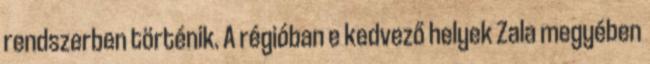
rendszerben történik. A régióban e kedvező helyek Zala megyében